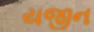
યજીન